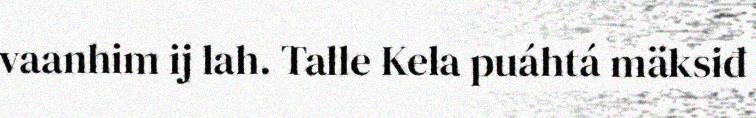
vaanhim ij lah. Talle Kela puáhtá mäksiđ